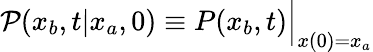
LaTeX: \mathcal{P}(x_{b},t|x_{a},0)\equiv P(x_{b},t)\Big|_{x(0)=x_{a}}